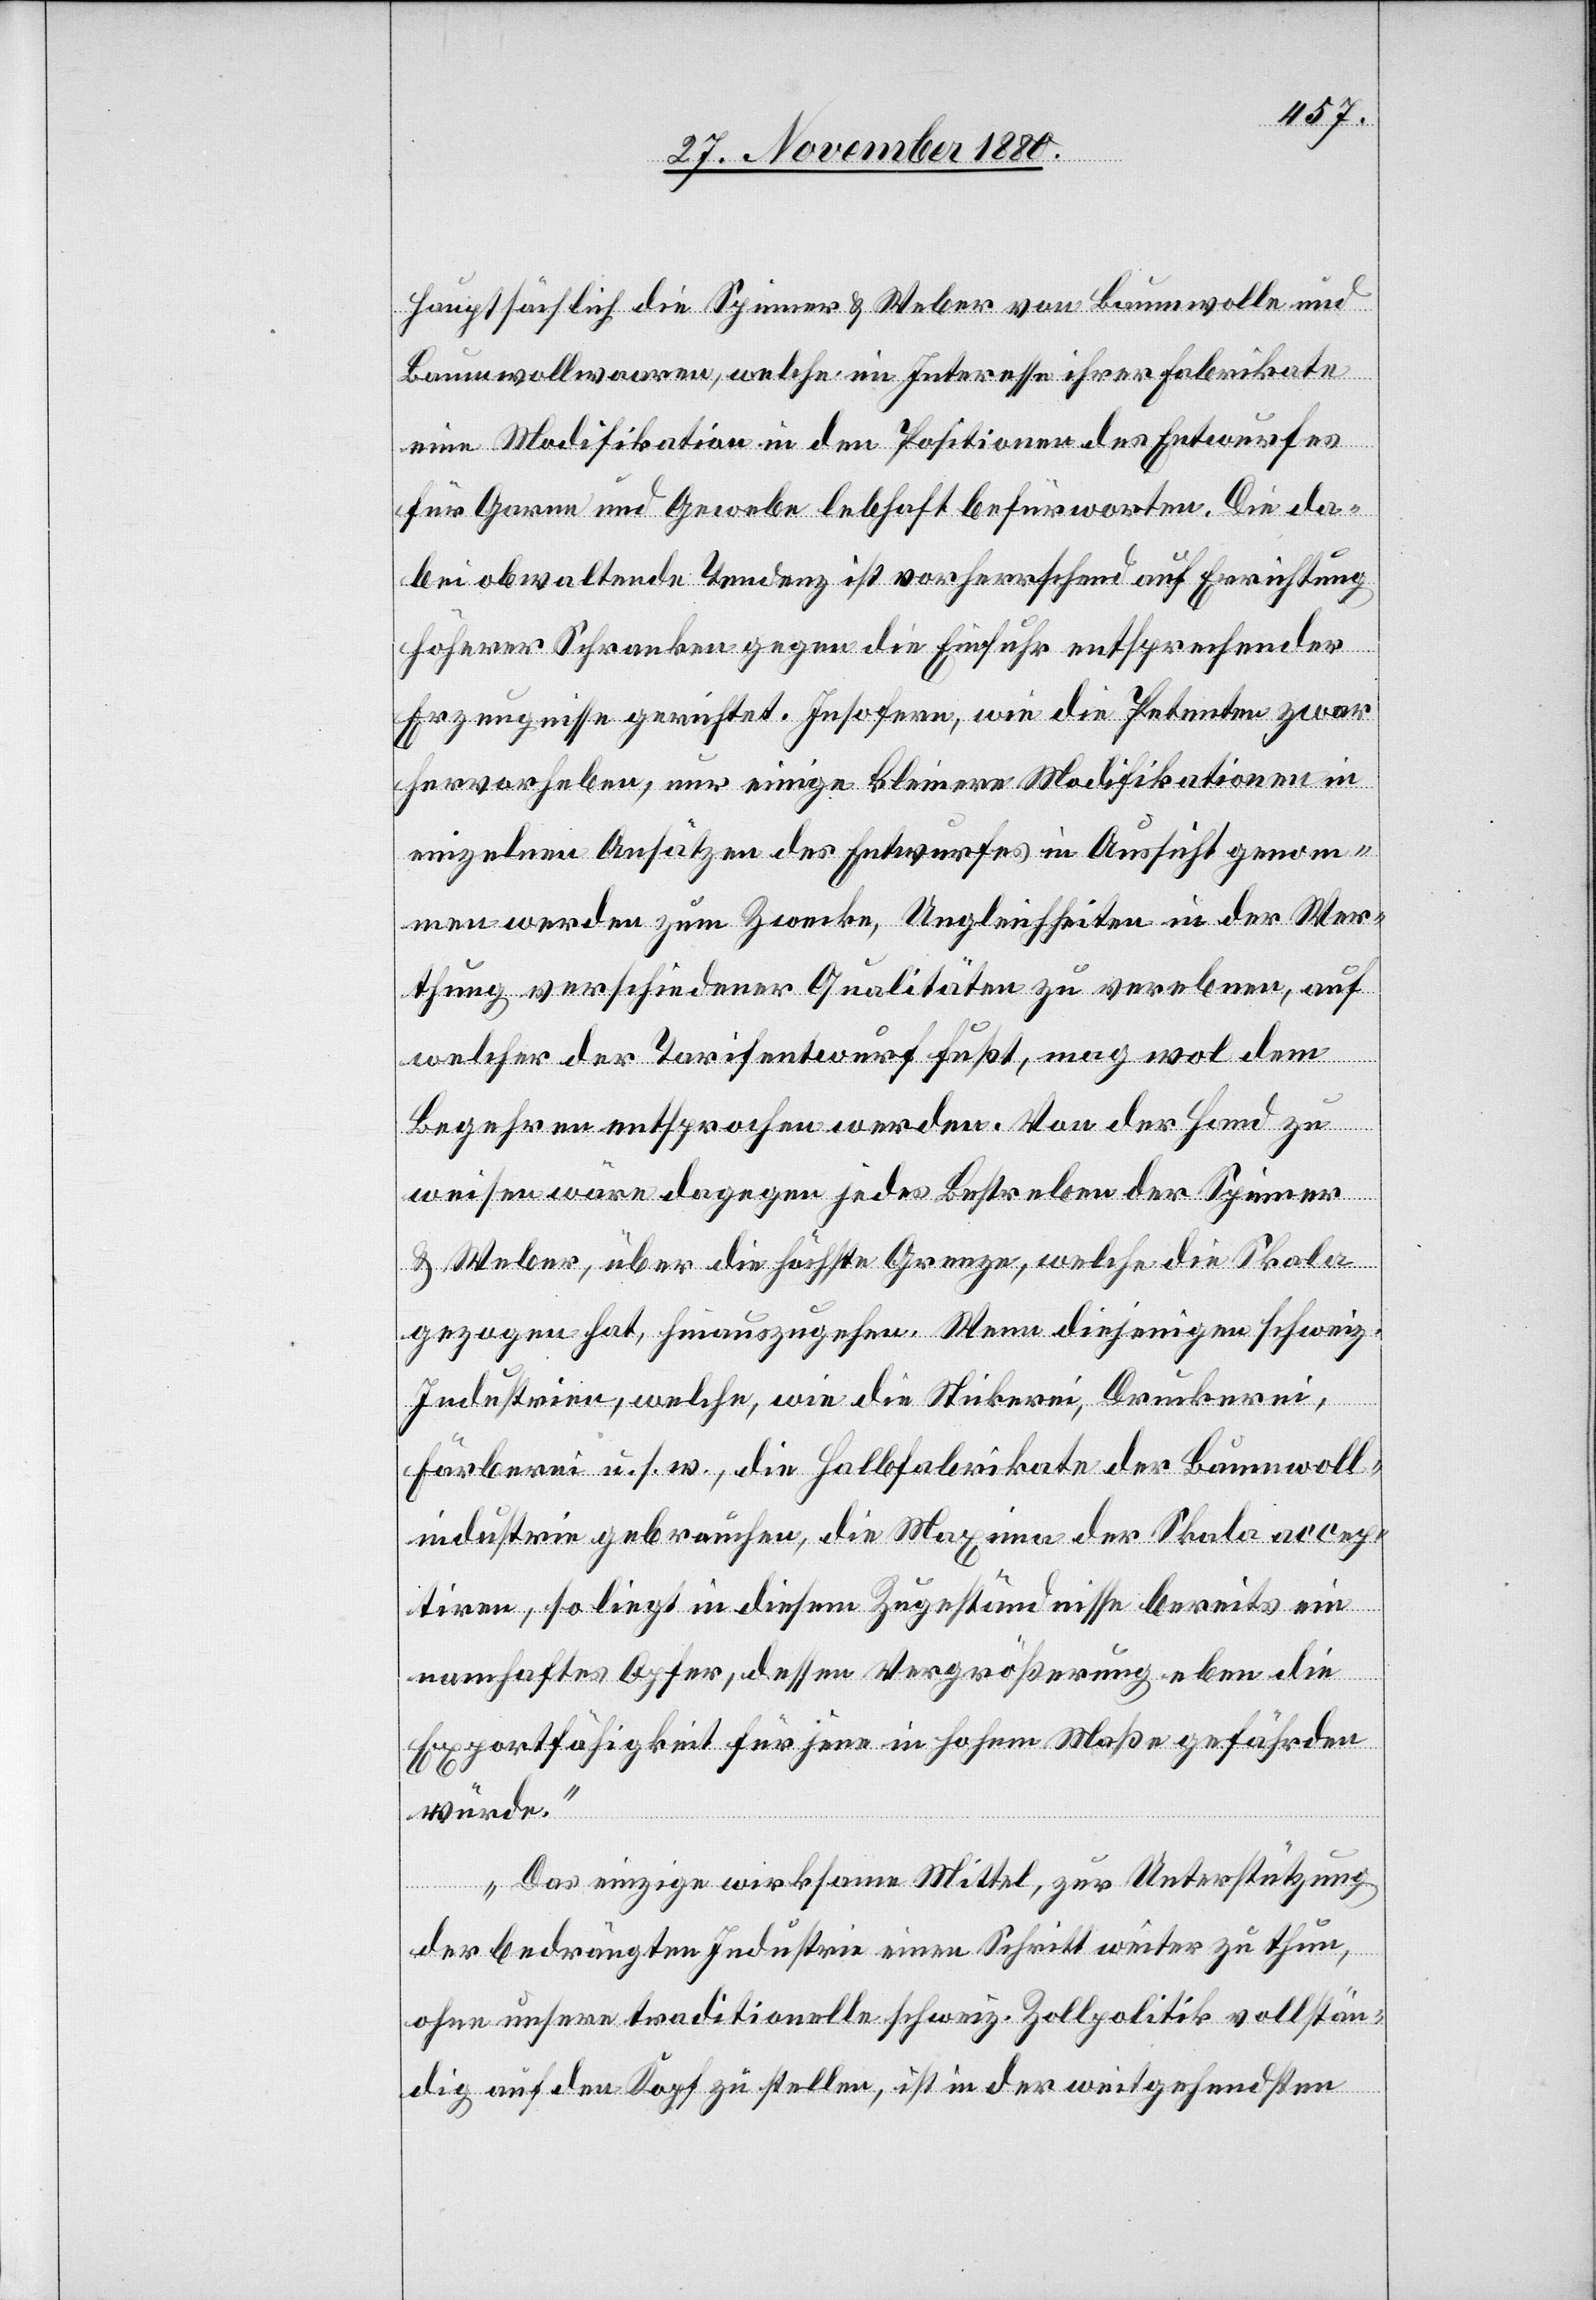
hauptsächlich die Spinner & Weber von Baumwolle und
Baumwollwaaren, welche im Interesse ihrer Fabrikate
eine Modifikation in den Positionen des Entwurfes
für Garne und Gewebe lebhaft befürworten. Die da¬
bei obwaltende Tendenz ist vorherrschend auf Errichtung
höherer Schranken gegen die Einfuhr entsprechender
Erzeugnisse gerichtet. Insofern, wie die Petenten zwar
hervorheben, nur einige kleinere Modifikationen in
einzelnen Ansätzen des Entwurfes in Aussicht genom¬
men werden zum Zwecke, Ungleichheiten in der Wer¬
thung verschiedener Qualitäten zu verebnen, auf
welcher der Tarifentwurf fußt, mag wol dem
Begehren entsprochen werden. Von der Hand zu
weisen wäre dagegen jedes Bestreben der Spinner
& Weber, über die höchste Grenze, welche die Skala
gezogen hat, hinauszugehen. Wenn diejenigen schweiz.
Industrien, welche, wie die Stickerei, Druckerei,
Färberei u. s. w., die Halbfabrikate der Baumwoll¬
industrie gebrauchen, die Maxima der Skala accep¬
tiren, so liegt in diesem Zugeständnisse bereits ein
namhaftes Opfer, dessen Vergrößerung eben die
Exportfähigkeit für jene in hohem Maße gefährden
würde.
Das einzige wirksame Mittel, zur Unterstützung
der bedrängten Industrie einen Schritt weiter zu thun,
ohne unsere traditionelle schweiz. Zollpolitik vollstän¬
dig auf den Kopf zu stellen, ist in der weitgehendsten